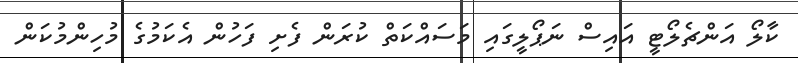
ކާލޯ އަންޗެލޯޓީ އައިސް ނަޕޯލީގައި މަސައްކަތް ކުރަން ފެށި ފަހުން އެކަމުގެ މުހިންމުކަން